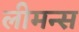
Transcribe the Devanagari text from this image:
लीमन्स